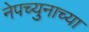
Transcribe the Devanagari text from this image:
नेपच्युनाच्या